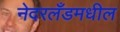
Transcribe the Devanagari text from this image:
नेदरलँडमधील